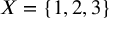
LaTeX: X = \{ 1 , 2 , 3 \}